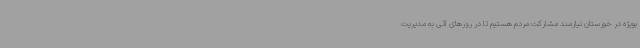
بویژه در خوزستان نیازمند مشارکت مردم هستیم تا در روزهای آتی به مدیریت